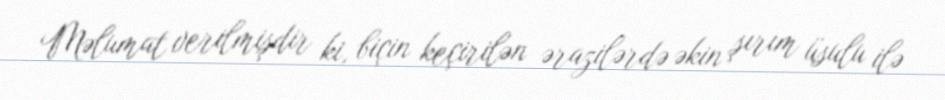
Məlumat verilmişdir ki, biçin keçirilən ərazilərdə əkin şırım üsulu ilə